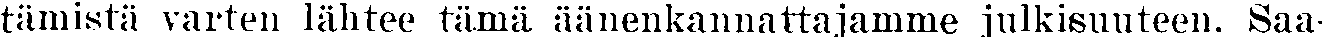
tämistä varten lähtee tämä äänenkannattajamme julkisuuteen. Saa-